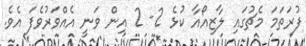
ފުރަތަމަ މެޗުގައި ލާޒިއޯއާ ކުޅެ 2- 2 އިން ވަނީ އެއްވަރުވެފަ އެވެ.